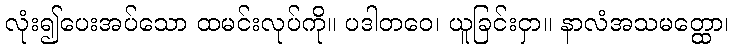
လုံး၍ပေးအပ်သော ထမင်းလုပ်ကို။ ပဒါတဝေ၊ ယူခြင်းငှာ။ နာလံအသမတ္ထော၊